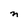
Character: n